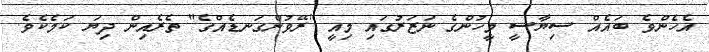
އެހެންވެ ބައެއް ސިޔާސީ މީހުންގެ ނަޒަރުގައި މިއީ "ރޭވުންގަނޑެއްގެ" ތެރެއިން ދިޔަ ކަމެކެވެ.